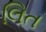
લિત